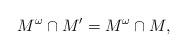
LaTeX: \begin{align*} M^\omega \cap M' = M^\omega \cap M, \end{align*}